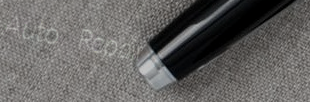
Auto Repair